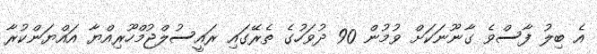
އެ ބިލު ފާސްވެ ގާނޫނަކަށް ވުމުން 90 ދުވަހުގެ ތެރޭގައި ރައީސުލްޖުމްހޫރިއްޔާ އައްޔަންކުރާ